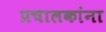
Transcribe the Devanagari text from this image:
प्रचालकांना